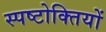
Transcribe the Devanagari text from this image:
स्पष्टोक्तियों